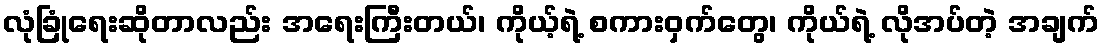
လုံခြုံရေးဆိုတာလည်း အရေးကြီးတယ်၊ ကိုယ့်ရဲ့ စကားဝှက်တွေ၊ ကိုယ်ရဲ့ လိုအပ်တဲ့ အချက်